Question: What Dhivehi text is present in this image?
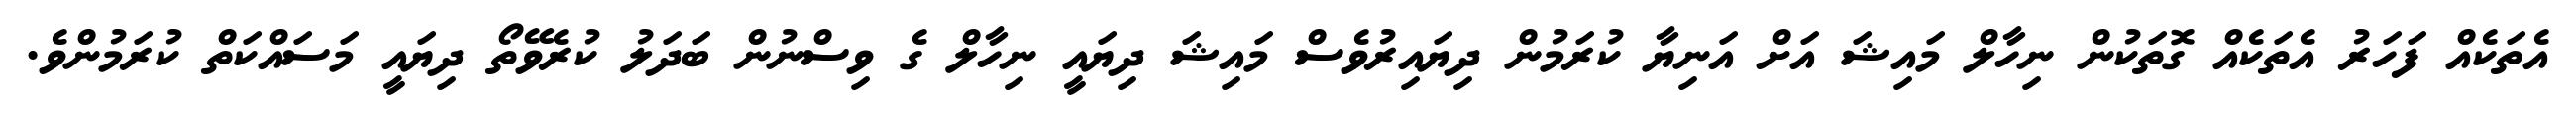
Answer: އެތަކެއް ފަހަރު އެތަކެއް ގޮތަކުން ނިހާލް މައިޝަ އަށް އަނިޔާ ކުރަމުން ދިޔައިރުވެސް މައިޝަ ދިޔައީ ނިހާލް ގެ ވިސްނުން ބަދަލު ކުރެވޭތޯ ދިޔައީ މަސައްކަތް ކުރަމުންވެ.